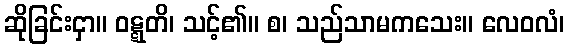
ဆိုခြင်းငှာ။ ဝဋ္ဋတိ၊ သင့်၏။ စ၊ သည်သာမကသေး။ လေဝလံ၊